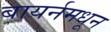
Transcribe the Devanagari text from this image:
बायर्नमधून